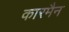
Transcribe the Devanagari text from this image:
कारमैन